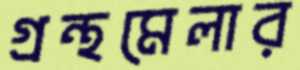
গ্রন্থমেলার